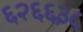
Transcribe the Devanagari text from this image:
६२६६३५